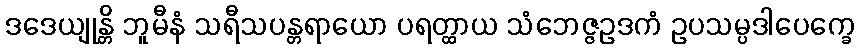
ဒဒေယျုန္တိ ဘူမီနံ သရီသပန္တရာယော ပရတ္ထာယ သံဘေဇ္ဇဥဒကံ ဥပသမ္ပဒါပေက္ခေ